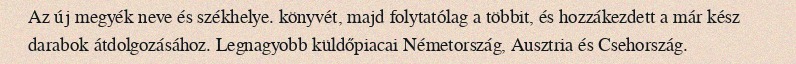
Az új megyék neve és székhelye. könyvét, majd folytatólag a többit, és hozzákezdett a már kész darabok átdolgozásához. Legnagyobb küldőpiacai Németország, Ausztria és Csehország.